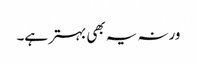
ورنہ یہ بھی بہتر ہے۔